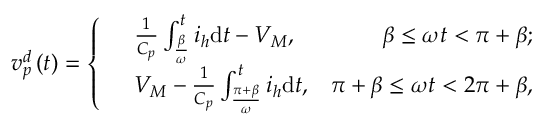
{ v _ { p } ^ { d } } \left( t \right) = \left\{ \begin{array} { r l r } & { \frac { 1 } { C _ { p } } \int _ { \frac { \beta } { \omega } } ^ { t } i _ { h } \mathrm { d } t - { V _ { M } } , } & { \beta \le \omega t < \pi + \beta ; } \\ & { { V _ { M } } - \frac { 1 } { C _ { p } } \int _ { \frac { \pi + \beta } { \omega } } ^ { t } i _ { h } \mathrm { d } t , } & { \pi + \beta \le \omega t < 2 \pi + \beta , } \end{array} \right.